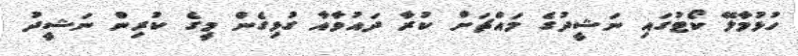
ހުޅުމާލޭ ކޯޓުގައި ނަޝީދުގެ މައްޗަށް ކުރާ ދައުވާއާ ގުޅިގެން މީގެ ކުރިން ނަޝީދު